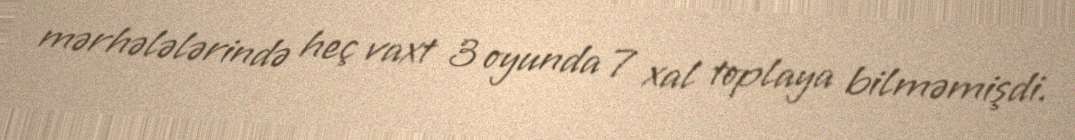
mərhələlərində heç vaxt 3 oyunda 7 xal toplaya bilməmişdi.